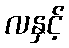
လနှင့်